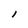
Character: I